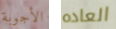
الأجوبة العاده